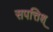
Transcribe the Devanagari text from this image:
सपत्तिश्